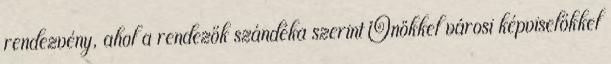
rendezvény, ahol a rendezők szándéka szerint Önökkel városi képviselőkkel